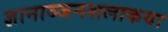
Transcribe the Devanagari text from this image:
ज्ञानाञ्जनशलाकया